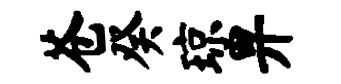
苍癸琼畀